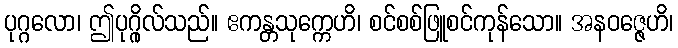
ပုဂ္ဂလော၊ ဤပုဂ္ဂိုလ်သည်။ ဧကန္တသုက္ကေဟိ၊ စင်စစ်ဖြူစင်ကုန်သော။ အနဝဇ္ဇေဟိ၊